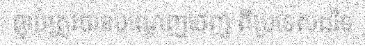
ធ្លាប់ត្រូវបានបណ្តេញចេញ ពីប្រទេសដទៃ